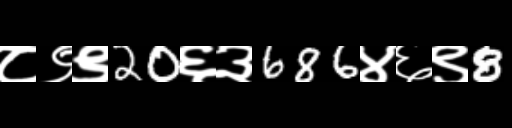
Text: ८९९20६३686४६९8